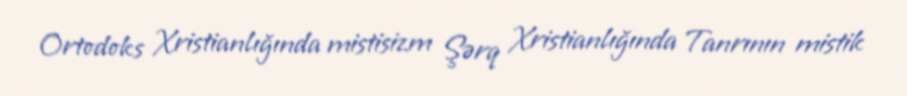
Ortodoks Xristianlığında mistisizm Şərq Xristianlığında Tanrının mistik